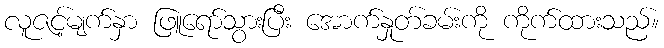
လူဇင့်မျက်နှာ ဖြူရော်သွားပြီး အောက်နှုတ်ခမ်းကို ကိုက်ထားသည်။